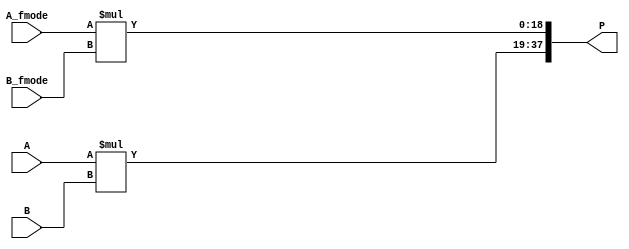
module dsp_fractured_signed_mul_comb (A, B, A_fmode, B_fmode, P);
	input signed [9:0] A, A_fmode;
	input signed [8:0] B, B_fmode;
	output signed [37:0] P;
	wire [18:0] f1, f2;

		assign f1 = A * B;
		assign f2 = A_fmode * B_fmode;
		assign P  = {f1, f2};

endmodule